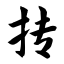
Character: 抟